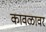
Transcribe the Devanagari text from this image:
कावळावर